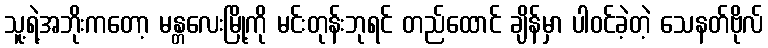
သူ့ရဲ့အဘိုးကတော့ မန္တလေးမြို့ကို မင်းတုန်းဘုရင် တည်ထောင် ချိန်မှာ ပါဝင်ခဲ့တဲ့ သေနတ်ဗိုလ်